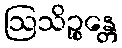
ဩသိဉ္စန္တေ